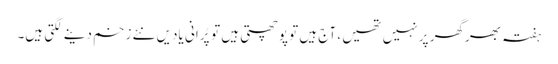
ہفتہ بھرگھر پر نہیں تھیں ، آج ہیں تو پوچھتی ہیں توپُرانی یادیں نئے زخم دینے لگتی ہیں۔